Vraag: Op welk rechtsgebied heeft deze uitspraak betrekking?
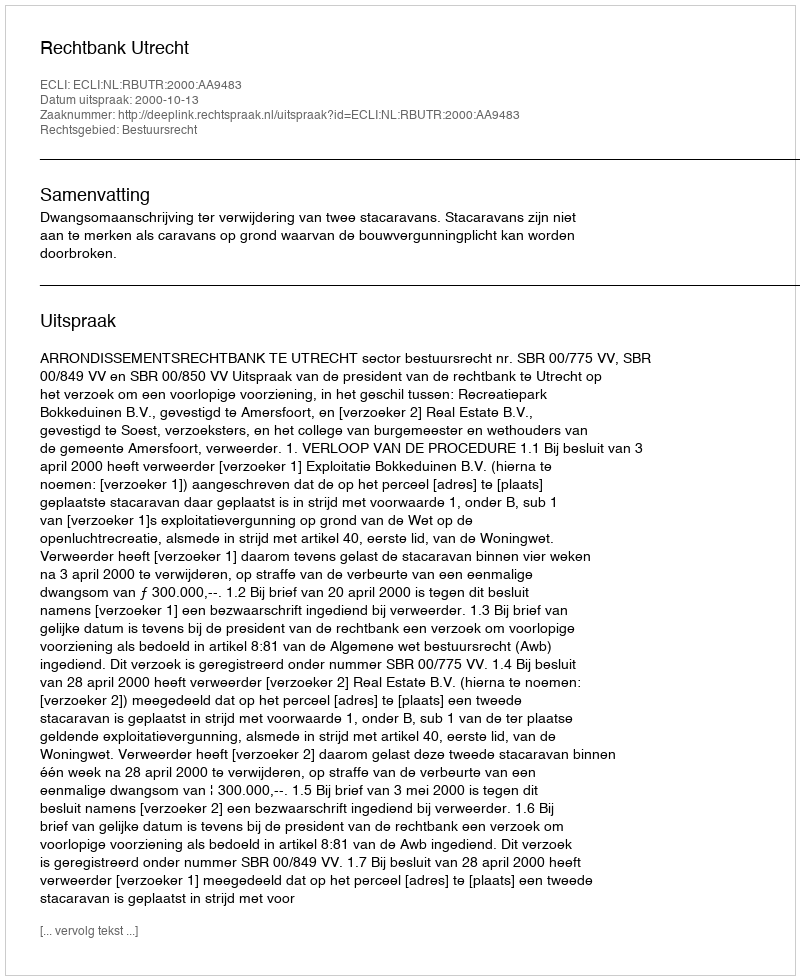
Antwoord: Bestuursrecht